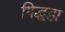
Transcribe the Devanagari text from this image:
गिद्धहा